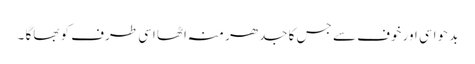
بد حواسی اور خوف سے جس کا جدھر منہ اٹھا اسی طرف کو بھاگا ۔